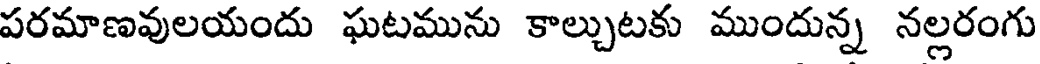
పరమాణవులయందు ఘటమును కాల్చుటకు ముందున్న నల్లరంగు